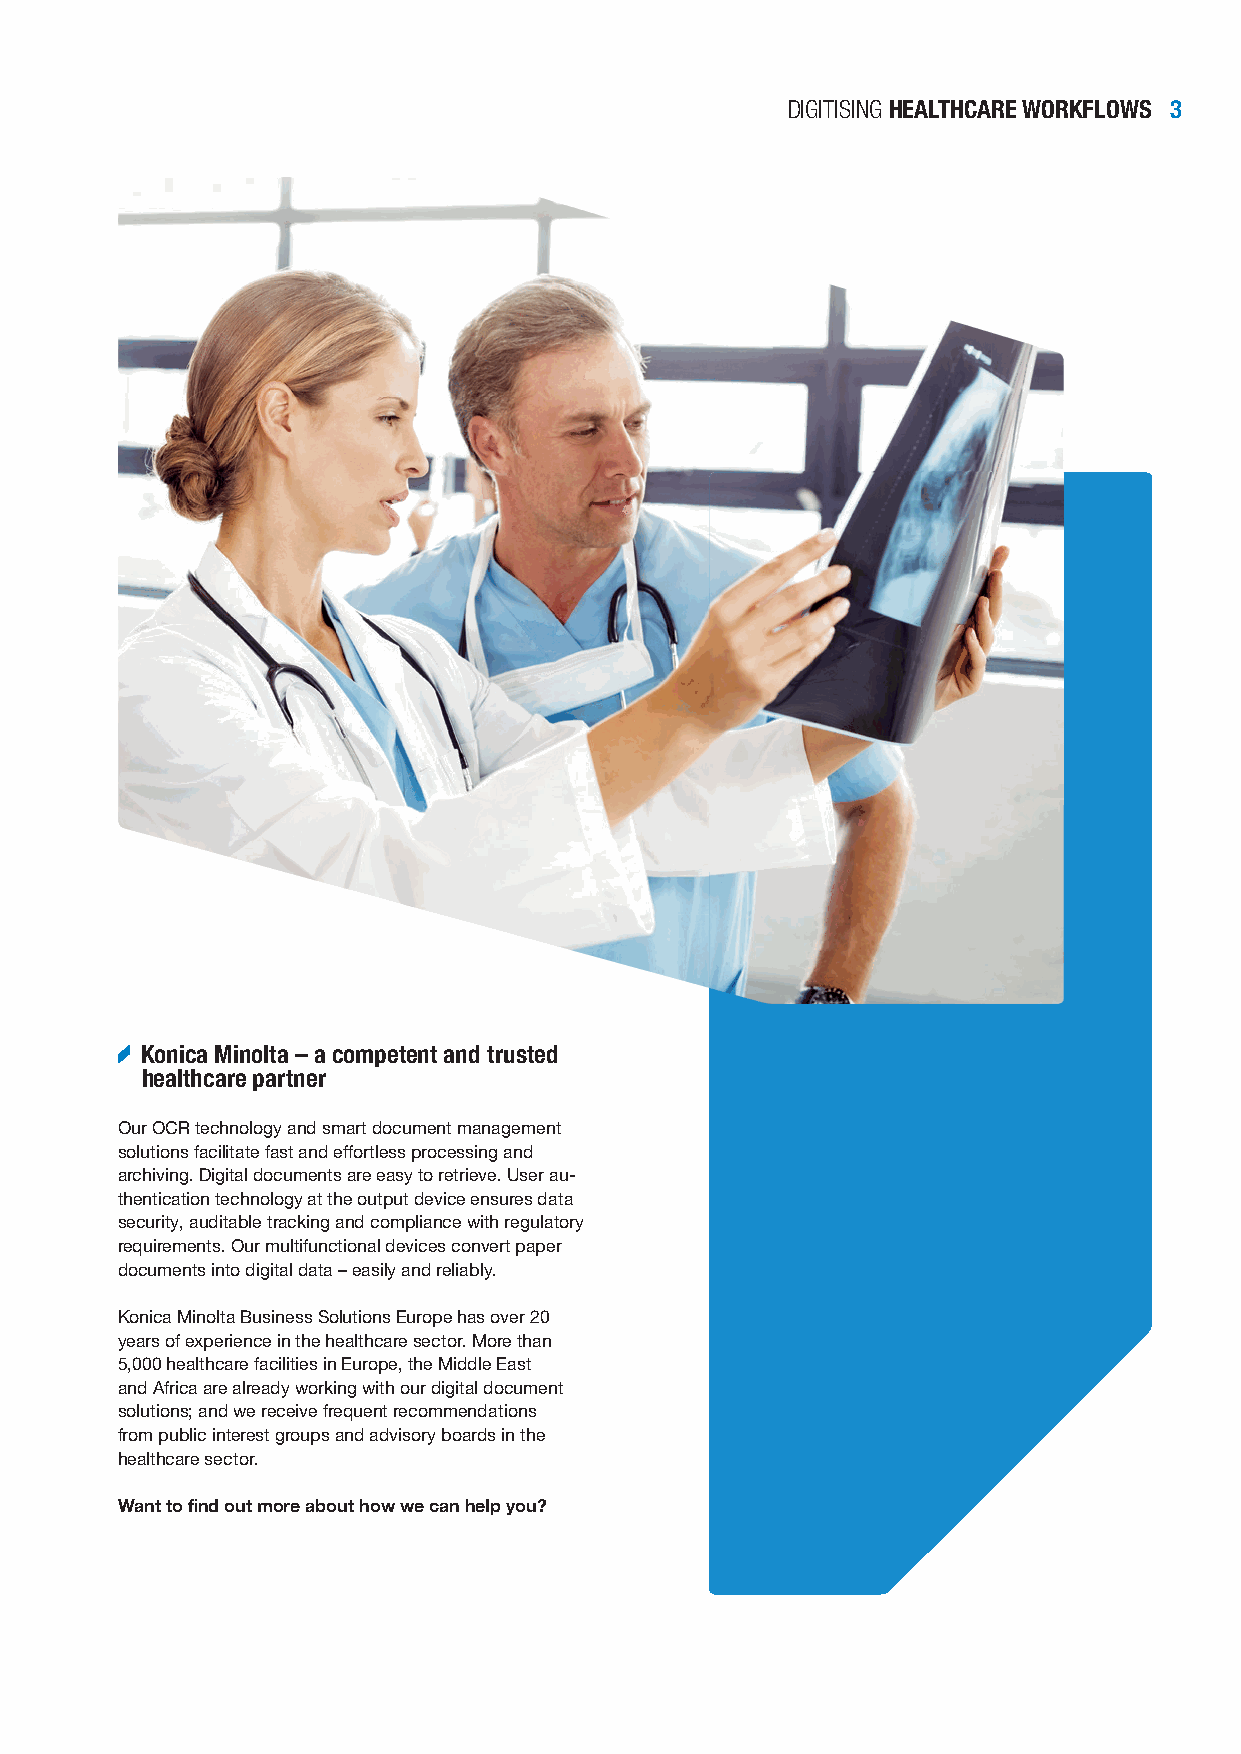
DIGITISING HEALTHCARE WORKFLOWS 3
 Konica Minolta – a competent and trusted
 healthcare partner
 Our OCR technology and smart document management
 solutions facilitate fast and eff ortless processing and
 archiving. Digital documents are easy to retrieve. User au-
 thentication technology at the output device ensures data
 security, auditable tracking and compliance with regulatory
 requirements. Our multifunctional devices convert paper
 documents into digital data – easily and reliably.
 Konica Minolta Business Solutions Europe has over 20
 years of experience in the healthcare sector. More than
 5,000 healthcare facilities in Europe, the Middle East
 and Africa are already working with our digital document
 solutions; and we receive frequent recommendations
 from public interest groups and advisory boards in the
 healthcare sector.
 Want to fi nd out more about how we can help you?